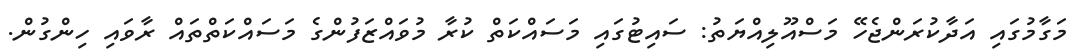
މަގާމުގައި އަދާކުރަންޖެހޭ މަސްއޫލިއްޔަތު: ސައިޓުގައި މަސައްކަތް ކުރާ މުވައްޒަފުންގެ މަސައްކަތްތައް ރާވައި ހިންގުން.